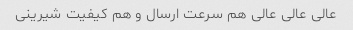
عالی عالی عالی هم سرعت ارسال و هم کیفیت شیرینی